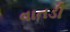
વાતડી